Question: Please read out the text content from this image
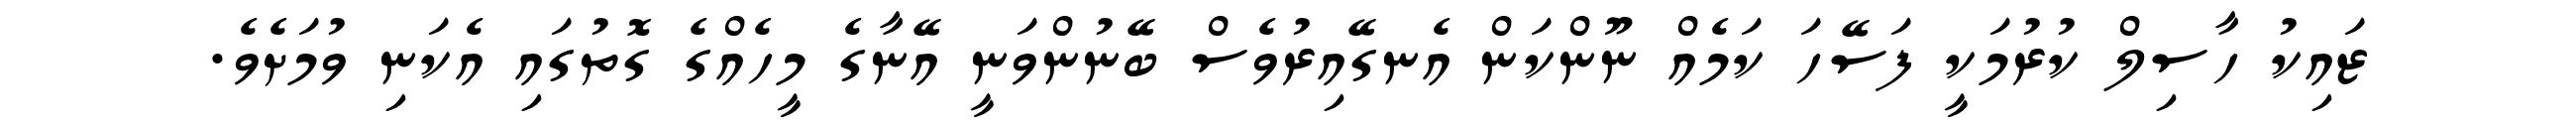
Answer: ޒައިކު ހާސިލް ކުރުމަކީ ފަސޭހަ ކަމެއް ނޫންކަން އެނގޭއިރުވެސް ބޭނުންވަނީ އޭނާގެ މީހެއްގެ ގޮތުގައި އެކަނި ވުމަށެވެ.